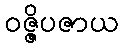
ဝဇ္ဇိပဇာယ